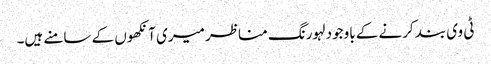
ٹی وی بند کرنے کے باوجود لہورنگ مناظر میری آنکھوں کے سامنے ہیں۔